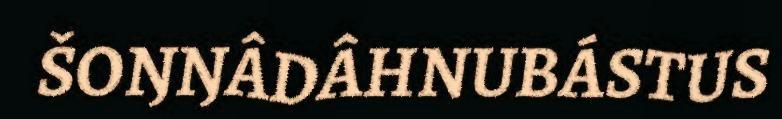
ŠOŊŊÂDÂHNUBÁSTUS